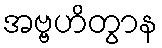
အဗ္ဗဟိတွာန